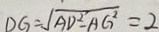
D G = \sqrt { A D ^ { 2 } - A G ^ { 2 } } = 2